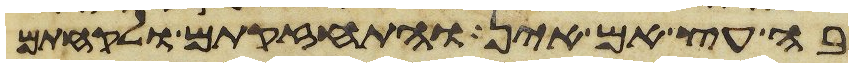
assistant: בה עץ אם אין והתחזקתם ולקחתם